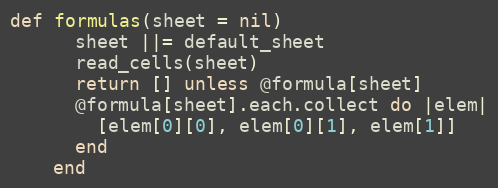
Language: Ruby
def formulas(sheet = nil)
      sheet ||= default_sheet
      read_cells(sheet)
      return [] unless @formula[sheet]
      @formula[sheet].each.collect do |elem|
        [elem[0][0], elem[0][1], elem[1]]
      end
    end